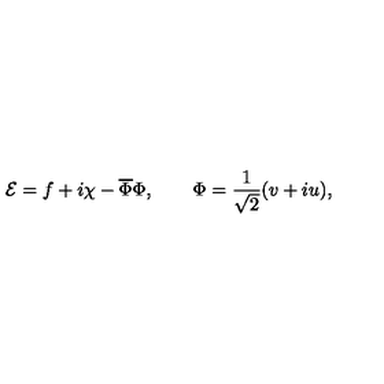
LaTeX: { \cal E } = f + i \chi - \overline { { \Phi } } \Phi , \qquad \Phi = \frac { 1 } { \sqrt { 2 } } ( v + i u ) ,